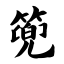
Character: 篼